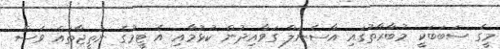
މީގެ ސަބަބަކީ މުބާރާތުގައި އާސެނަލް ގަވާއިދުން ކުޅުމާއި އެ ޓީމުގެ ނަތީޖާތައް ވެސް